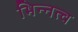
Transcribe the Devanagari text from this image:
भिन्‍नत्व